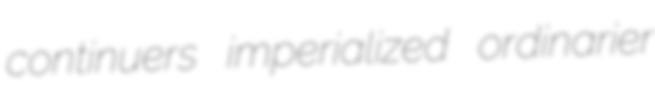
continuers imperialized ordinarier